画像に写った文字を読んでください
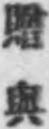
「贈與」と書いてあります